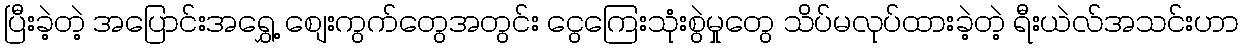
ပြီးခဲ့တဲ့ အပြောင်းအရွှေ့ စျေးကွက်တွေအတွင်း ငွေကြေးသုံးစွဲမှုတွေ သိပ်မလုပ်ထားခဲ့တဲ့ ရီးယဲလ်အသင်းဟာ